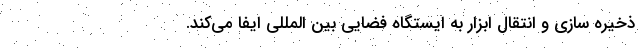
ذخیره سازی و انتقال ابزار به ایستگاه فضایی بین المللی ایفا می‌کند.